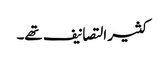
کثیر التصانیف تھے۔